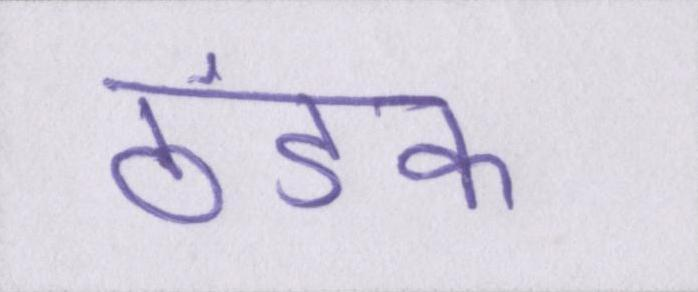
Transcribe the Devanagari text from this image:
ठंडक